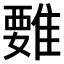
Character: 𩀄